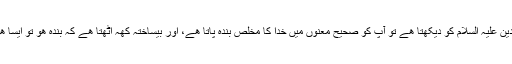
انسان جب امام زین العابدین علیہ السلام کو دیکھتا ھے تو آپ کو صحیح معنوں میں خدا کا مخلص بندہ پاتا ھے، اور بیساختہ کھہ اٹھتا ھے کہ بندہ ھو تو ایسا ھو اور بندگی ھو تو ایسی۔